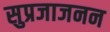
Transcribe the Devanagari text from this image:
सुप्रजाजनन